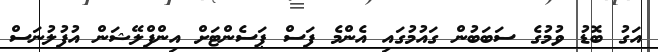
އަގު ބޮޑު ވުމުގެ ސަބަބުން ގައުމުގައި އެންމެ ފަސް ޕަސެންޓަށް އިންފްލޭޝަން އުފުލުނަސް